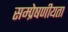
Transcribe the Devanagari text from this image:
सम्प्रेषणीयता